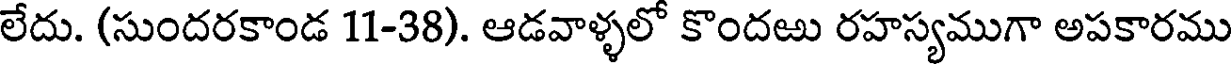
లేదు. (సుందరకాండ 11-38). ఆడవాళ్ళలో కొందఱు రహస్యముగా అపకారము